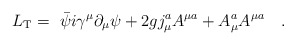
\begin{align*}L_{{\rm T}}= {\ \bar \psi}i\gamma^{\mu}\partial_{\mu} \psi + 2g j_{\mu}^aA^{\mu a } +A_{\mu }^a A^{\mu a}\quad.\end{align*}